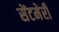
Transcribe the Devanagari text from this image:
सेंटमेरी